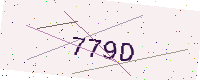
Text: 779D